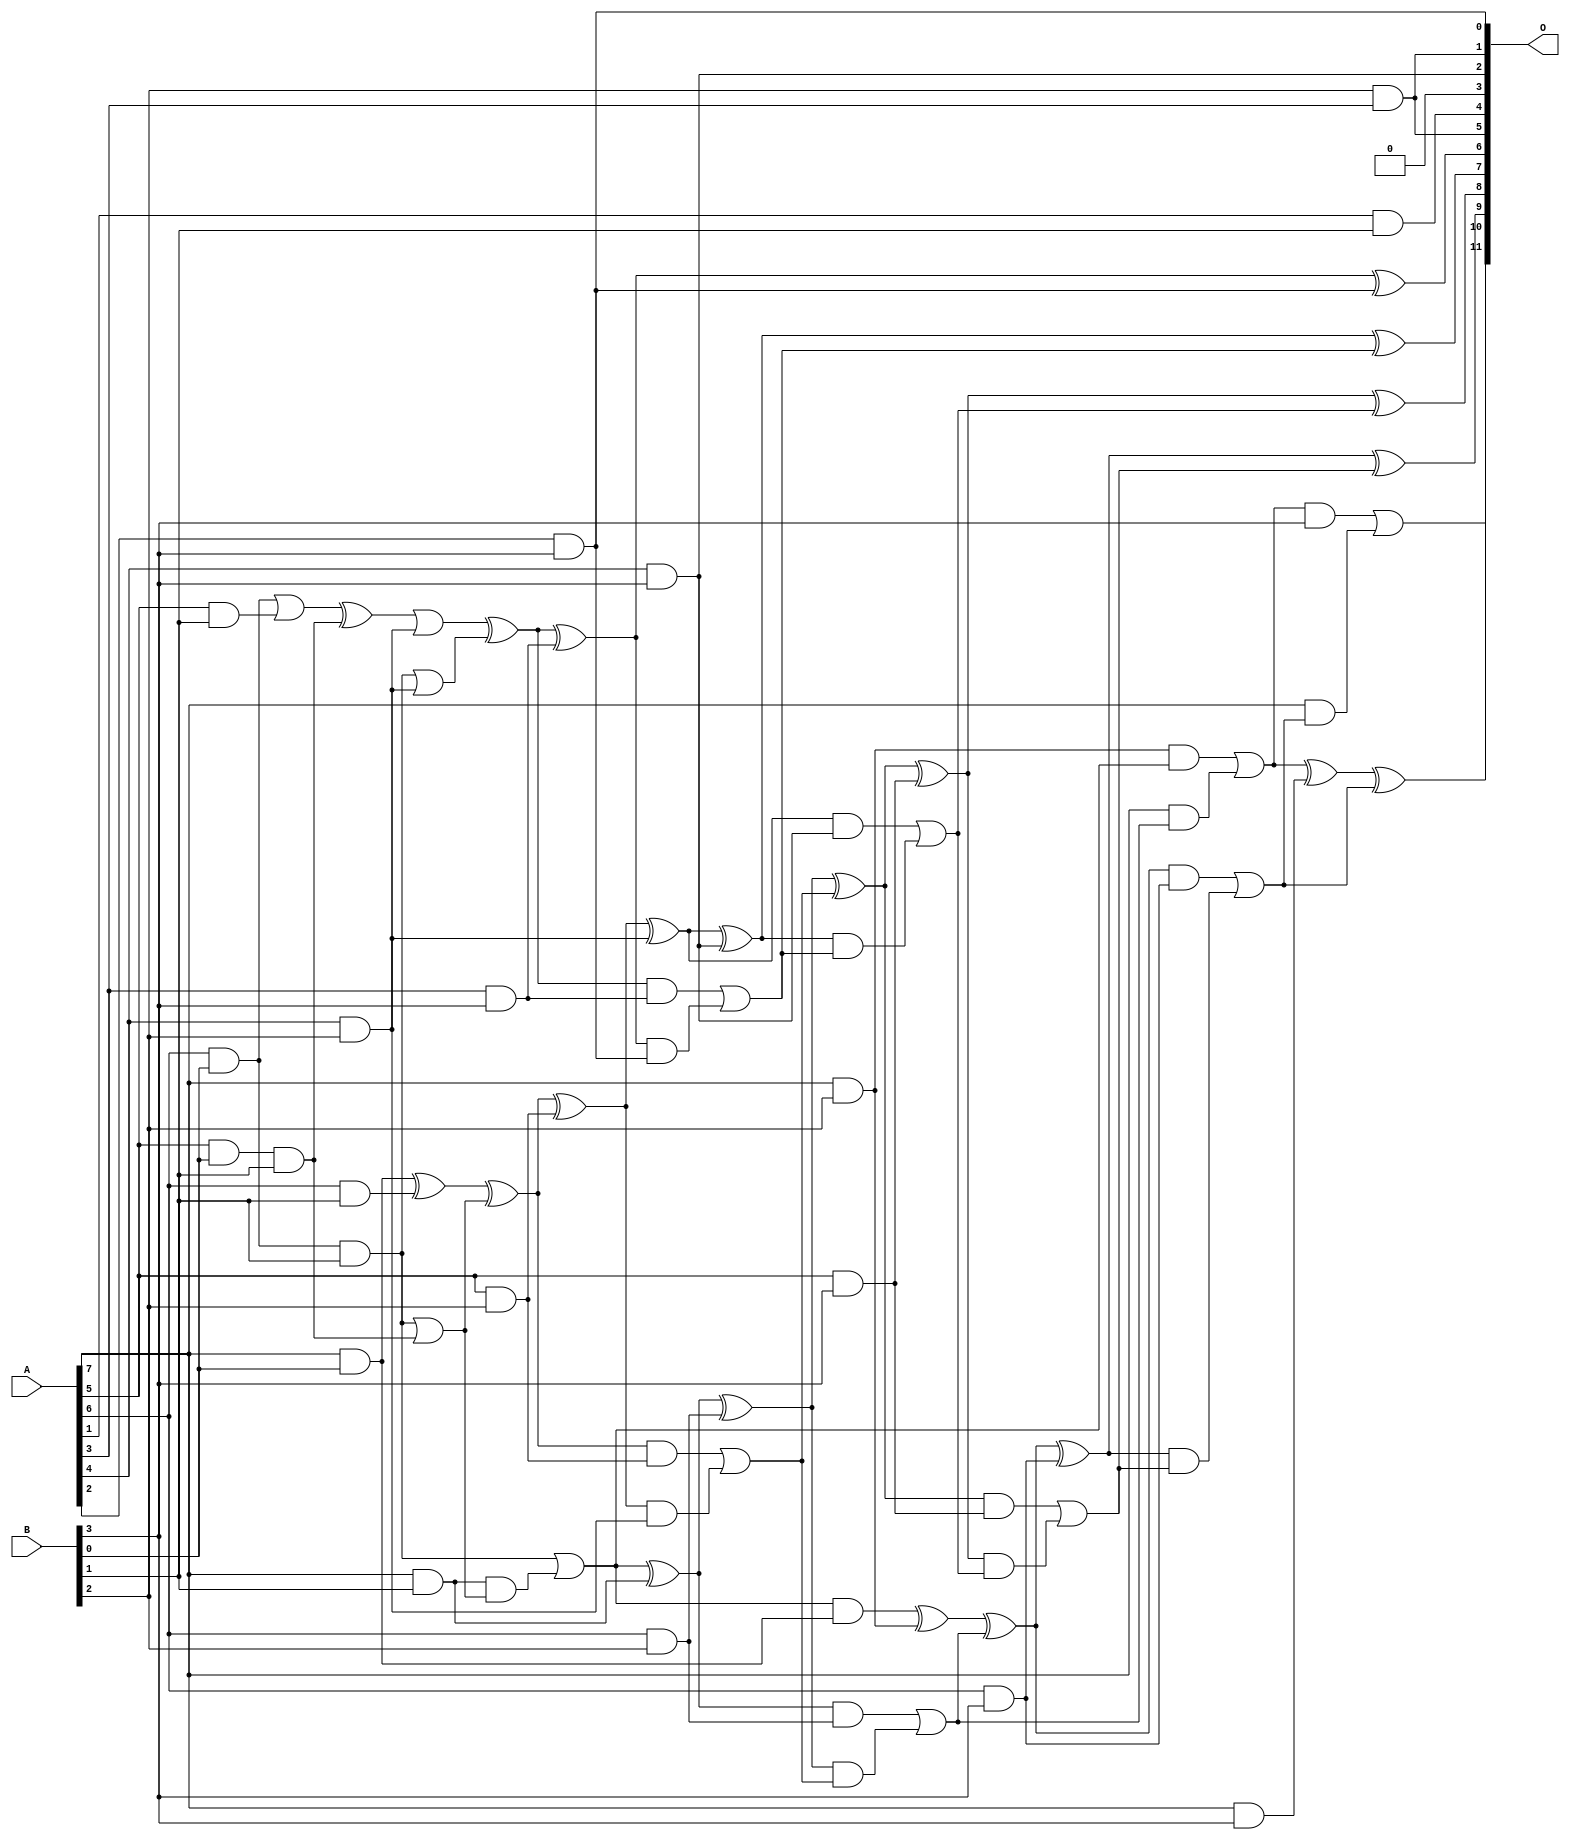
/***
* This code is a part of EvoApproxLib library (ehw.fit.vutbr.cz/approxlib) distributed under The MIT License.
* When used, please cite the following article(s): V. Mrazek, L. Sekanina, Z. Vasicek "Libraries of Approximate Circuits: Automated Design and Application in CNN Accelerators" IEEE Journal on Emerging and Selected Topics in Circuits and Systems, Vol 10, No 4, 2020 
* This file contains a circuit from a sub-set of pareto optimal circuits with respect to the pwr and mse parameters
***/
// MAE% = 0.66 %
// MAE = 27 
// WCE% = 2.17 %
// WCE = 89 
// WCRE% = 300.00 %
// EP% = 91.16 %
// MRE% = 10.34 %
// MSE = 1164 
// PDK45_PWR = 0.063 mW
// PDK45_AREA = 170.8 um2
// PDK45_DELAY = 0.72 ns

module mul8x4u_3Y3 (
    A,
    B,
    O
);

input [7:0] A;
input [3:0] B;
output [11:0] O;

wire sig_17,sig_18,sig_19,sig_24,sig_25,sig_26,sig_27,sig_37,sig_45,sig_46,sig_50,sig_51,sig_53,sig_54,sig_55,sig_57,sig_58,sig_59,sig_60,sig_61;
wire sig_67,sig_68,sig_69,sig_76,sig_86,sig_87,sig_90,sig_92,sig_93,sig_94,sig_95,sig_96,sig_97,sig_98,sig_99,sig_100,sig_101,sig_102,sig_104,sig_105;
wire sig_106,sig_109,sig_110,sig_111,sig_112,sig_113,sig_114,sig_127,sig_128,sig_129,sig_130,sig_131,sig_132,sig_133,sig_134,sig_135,sig_136,sig_137,sig_138,sig_139;
wire sig_140,sig_141,sig_142,sig_143,sig_144,sig_145,sig_146,sig_147,sig_148,sig_149,sig_150,sig_151;

assign sig_17 = A[5] & B[0];
assign sig_18 = A[6] & B[0];
assign sig_19 = A[7] & B[0];
assign sig_24 = A[1] & B[1];
assign sig_25 = A[5] & B[1];
assign sig_26 = A[6] & B[1];
assign sig_27 = A[7] & B[1];
assign sig_37 = B[2] & A[3];
assign sig_45 = A[4] & B[2];
assign sig_46 = sig_17 & B[1];
assign sig_50 = sig_18 | sig_25;
assign sig_51 = sig_18 & B[1];
assign sig_53 = sig_50 ^ sig_46;
assign sig_54 = sig_51 | sig_46;
assign sig_55 = sig_19 ^ sig_26;
assign sig_57 = sig_27 & sig_54;
assign sig_58 = sig_55 ^ sig_54;
assign sig_59 = sig_51 | sig_57;
assign sig_60 = sig_59 & sig_19;
assign sig_61 = sig_59 ^ sig_27;
assign sig_67 = A[5] & B[2];
assign sig_68 = A[6] & B[2];
assign sig_69 = A[7] & B[2];
assign sig_76 = sig_69 & sig_59;
assign sig_86 = sig_51 | sig_45;
assign sig_87 = sig_53 | sig_45;
assign sig_90 = sig_87 ^ sig_86;
assign sig_92 = sig_58 ^ sig_67;
assign sig_93 = sig_58 & sig_67;
assign sig_94 = sig_92 & sig_45;
assign sig_95 = sig_92 ^ sig_45;
assign sig_96 = sig_93 | sig_94;
assign sig_97 = sig_61 ^ sig_68;
assign sig_98 = sig_61 & sig_68;
assign sig_99 = sig_97 & sig_96;
assign sig_100 = sig_97 ^ sig_96;
assign sig_101 = sig_98 | sig_99;
assign sig_102 = sig_60 ^ sig_69;
assign sig_104 = A[7] & sig_101;
assign sig_105 = sig_102 ^ sig_101;
assign sig_106 = sig_76 | sig_104;
assign sig_109 = A[2] & B[3];
assign sig_110 = A[3] & B[3];
assign sig_111 = A[4] & B[3];
assign sig_112 = A[5] & B[3];
assign sig_113 = A[6] & B[3];
assign sig_114 = A[7] & B[3];
assign sig_127 = sig_90 ^ sig_110;
assign sig_128 = sig_90 & sig_110;
assign sig_129 = sig_127 & sig_109;
assign sig_130 = sig_127 ^ sig_109;
assign sig_131 = sig_128 | sig_129;
assign sig_132 = sig_95 ^ sig_111;
assign sig_133 = sig_95 & sig_111;
assign sig_134 = sig_132 & sig_131;
assign sig_135 = sig_132 ^ sig_131;
assign sig_136 = sig_133 | sig_134;
assign sig_137 = sig_100 ^ sig_112;
assign sig_138 = sig_100 & sig_112;
assign sig_139 = sig_137 & sig_136;
assign sig_140 = sig_137 ^ sig_136;
assign sig_141 = sig_138 | sig_139;
assign sig_142 = sig_105 ^ sig_113;
assign sig_143 = sig_105 & sig_113;
assign sig_144 = sig_142 & sig_141;
assign sig_145 = sig_142 ^ sig_141;
assign sig_146 = sig_143 | sig_144;
assign sig_147 = sig_106 ^ sig_114;
assign sig_148 = sig_106 & B[3];
assign sig_149 = A[7] & sig_146;
assign sig_150 = sig_147 ^ sig_146;
assign sig_151 = sig_148 | sig_149;

assign O[11] = sig_151;
assign O[10] = sig_150;
assign O[9] = sig_145;
assign O[8] = sig_140;
assign O[7] = sig_135;
assign O[6] = sig_130;
assign O[5] = sig_37;
assign O[4] = sig_24;
assign O[3] = 1'b0;
assign O[2] = sig_111;
assign O[1] = sig_37;
assign O[0] = sig_109;

endmodule